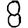
Digit: 8